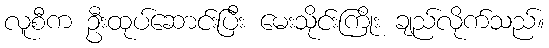
လူစီက ဦးထုပ်ဆောင်းပြီး မေးသိုင်းကြိုး ချည်လိုက်သည်။